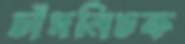
চাঁদনিচক